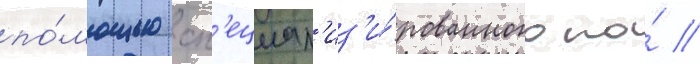
по́мощью сп'ециал'из'и́рованного по́ //